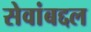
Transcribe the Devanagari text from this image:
सेवांबद्दल